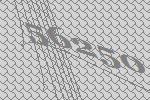
56250